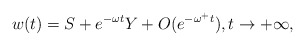
\begin{align*} w(t)=S+e^{-\omega t}Y+O(e^{-\omega^+t}), t\to +\infty,\end{align*}